Report of the Indian Hemp Drugs Commission, 1894-1895 - Volume VIII
Year: 1894
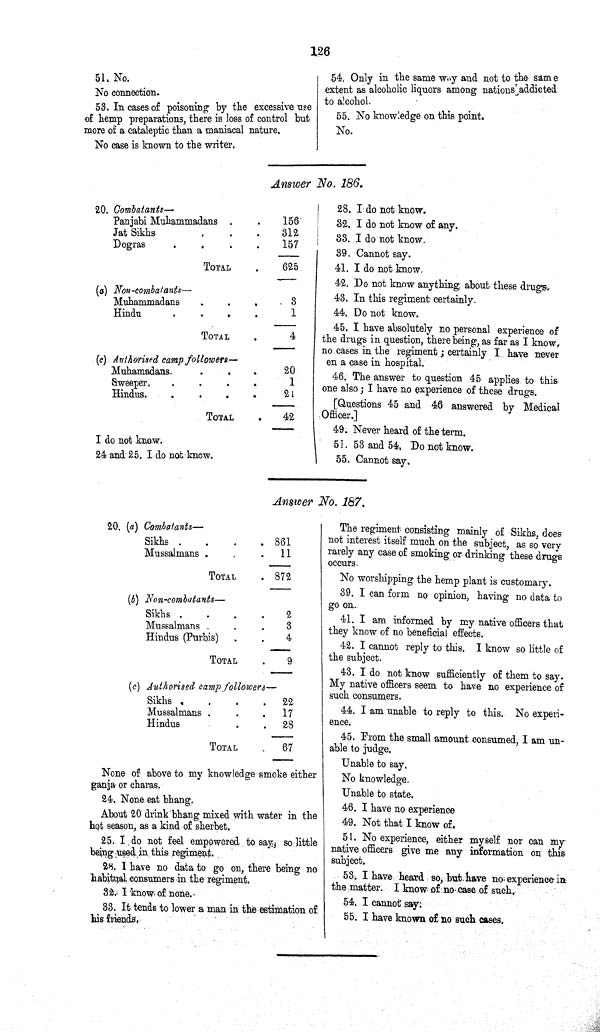
126
51. No.
No connection.
53. In cases of poisoning by the excessive use
of hemp preparations, there is loss of control but
more of a cataleptic than a maniacal nature.
No case is known to the writer.
54. Only in the same way and not to the same
extent as alcoholic liquors among nations addicted
to alcohol.
55. No knowledge on this point.
No.
Answer No. 186.
20. Combatants—
Panjabi Muhammadans
156
Jat Sikhs
312
Dogras
157
TOTAL
625
(a) Non-combatants—
Muhammadans
3
Hindu
1
TOTAL
4
(c) Authorised camp followers—
Muhamadans.
20
Sweeper.
1
Hindus.
21
TOTAL
42
I do not know.
24 and 25. I do not know.
28. I do not know.
32. I do not know of any.
33. I do not know.
39. Cannot say.
41. I do not know.
42. Do not know anything about these drugs.
43. In this regiment certainly.
44. Do not know.
45. I have absolutely no personal experience of
the drugs in question, there being, as far as I know,
no cases in the regiment; certainly I have never
en a case in hospital.
46. The answer to question 45 applies to this
one also; I have no experience of these drugs.
[Questions 45 and 46 answered by Medical
Officer.]
49. Never heard of the term.
51. 53 and 54, Do not know.
55. Cannot say.
Answer No. 187.
20. (a) Combatants—
Sikhs
861
Mussalmans
11
TOTAL
872
(b) Non-combatants—
Sikhs
2
Mussalmans
3
Hindus (Purbis)
4
TOTAL
9
(c) Authorised camp followers—
Sikhs
22
Mussalmans
17
Hindus
28
TOTAL
67
None of above to my knowledge smoke either
ganja or charas.
24. None eat bhang.
About 20 drink bhang mixed with water in the
hot season, as a kind of sherbet.
25. I do not feel empowered to say, so little
being used in this regiment.
28. I have no data to go on, there being no
habitual consumers in the regiment.
32. I know of none.
33. It tends to lower a man in the estimation of
his friends.
The regiment consisting mainly of Sikhs, does
not interest itself much on the subject, as so very
rarely any case of smoking or drinking these drugs
occurs.
No worshipping the hemp plant is customary.
39. I can form no opinion, having no data to
go on.
41. I am informed by my native officers that
they know of no beneficial effects.
42. I cannot reply to this. I know so little of
the subject.
43. I do not know sufficiently of them to say.
My native officers seem to have no experience of
such consumers.
44. I am unable to reply to this. No experi¬
ence.
45. From the small amount consumed, I am un¬
able to judge.
Unable to say.
No knowledge.
Unable to state.
46. I have no experience
49. Not that I know of.
51. No experience, either myself nor can my
native officers give me any information on this
subject.
53. I have heard so, but have no experience in
the matter. I know of no case of such.
54. I cannot say.
55. I have known of no such cases.